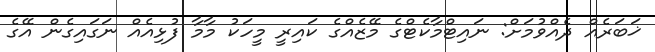
ޚަބަރެއް ދެއްވުމަށް: ނައިޓްމާކެޓްގެ މޭޒެއްގެ ކައިރީ މީހަކު މާމާ ފުޅިއެއް ނަގައިގެން އޭގެ